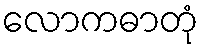
လောကဓာတုံ